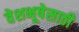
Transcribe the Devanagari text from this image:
वेशभूषेसाठी